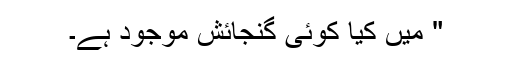
" میں کیا کوئی گنجائش موجود ہے۔